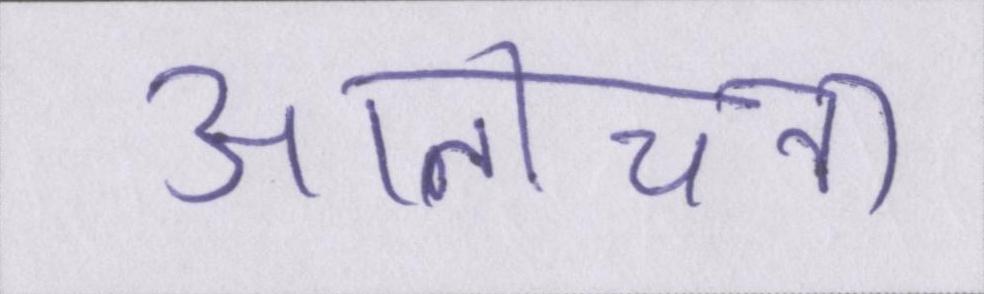
आलोचना